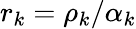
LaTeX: r_{k}=\rho_{k}/\alpha_{k}